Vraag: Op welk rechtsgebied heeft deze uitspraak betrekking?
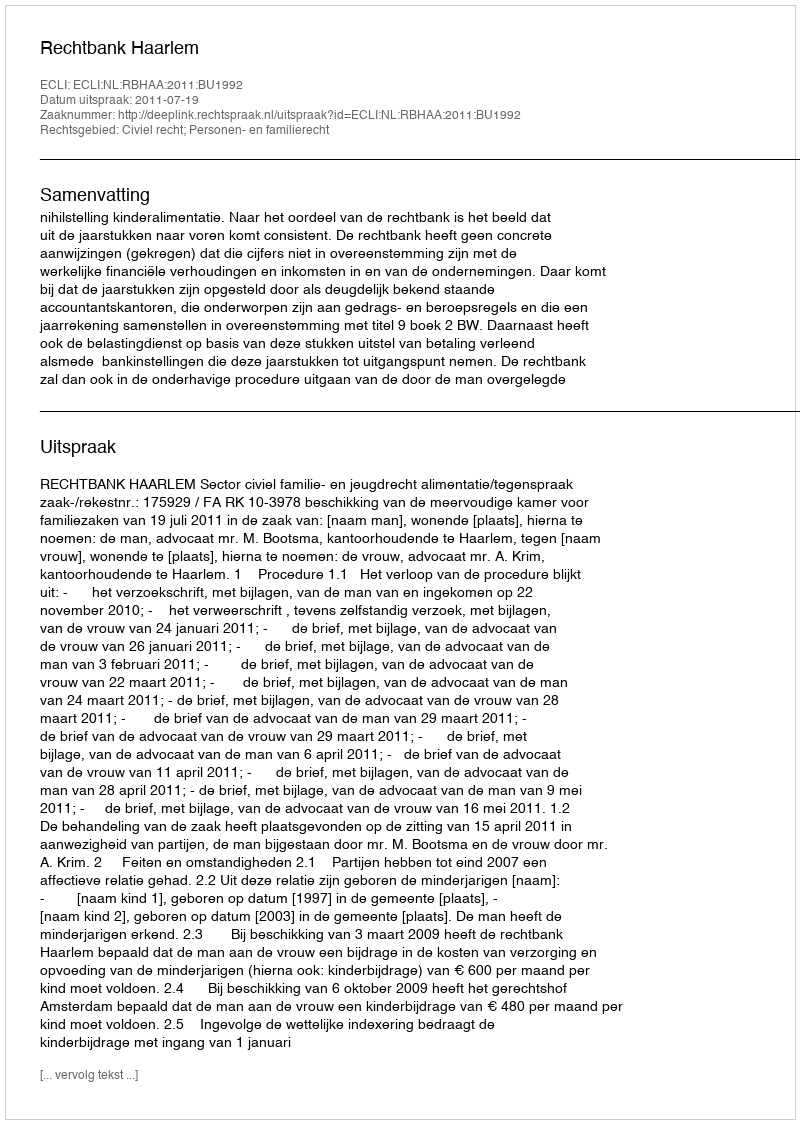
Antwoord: Civiel recht; Personen- en familierecht